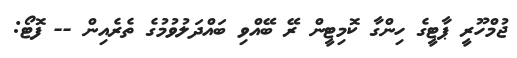
ޖުމްހޫރީ ޕާޓީގެ ހިންގާ ކޮމިޓީން ރޭ ބޭއްވި ބައްދަލުވުމުގެ ތެރެއިން -- ފޮޓޯ: